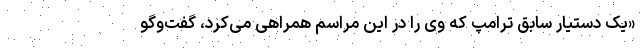
«یک دستیار سابق ترامپ که وی را در این مراسم همراهی می‌کرد، گفت‌و‌گو